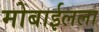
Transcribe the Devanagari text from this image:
मोबाईलला